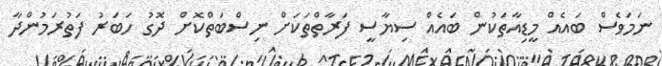
ނަމަވެސް ބައެއް މީޑިއާތަކުން ބައެއް ސިޔާސީ ފަރާތްތަކަށް ނިސްބަތްކޮށް ދޮގު ހަބަރު ފަތުރަމުންދާ